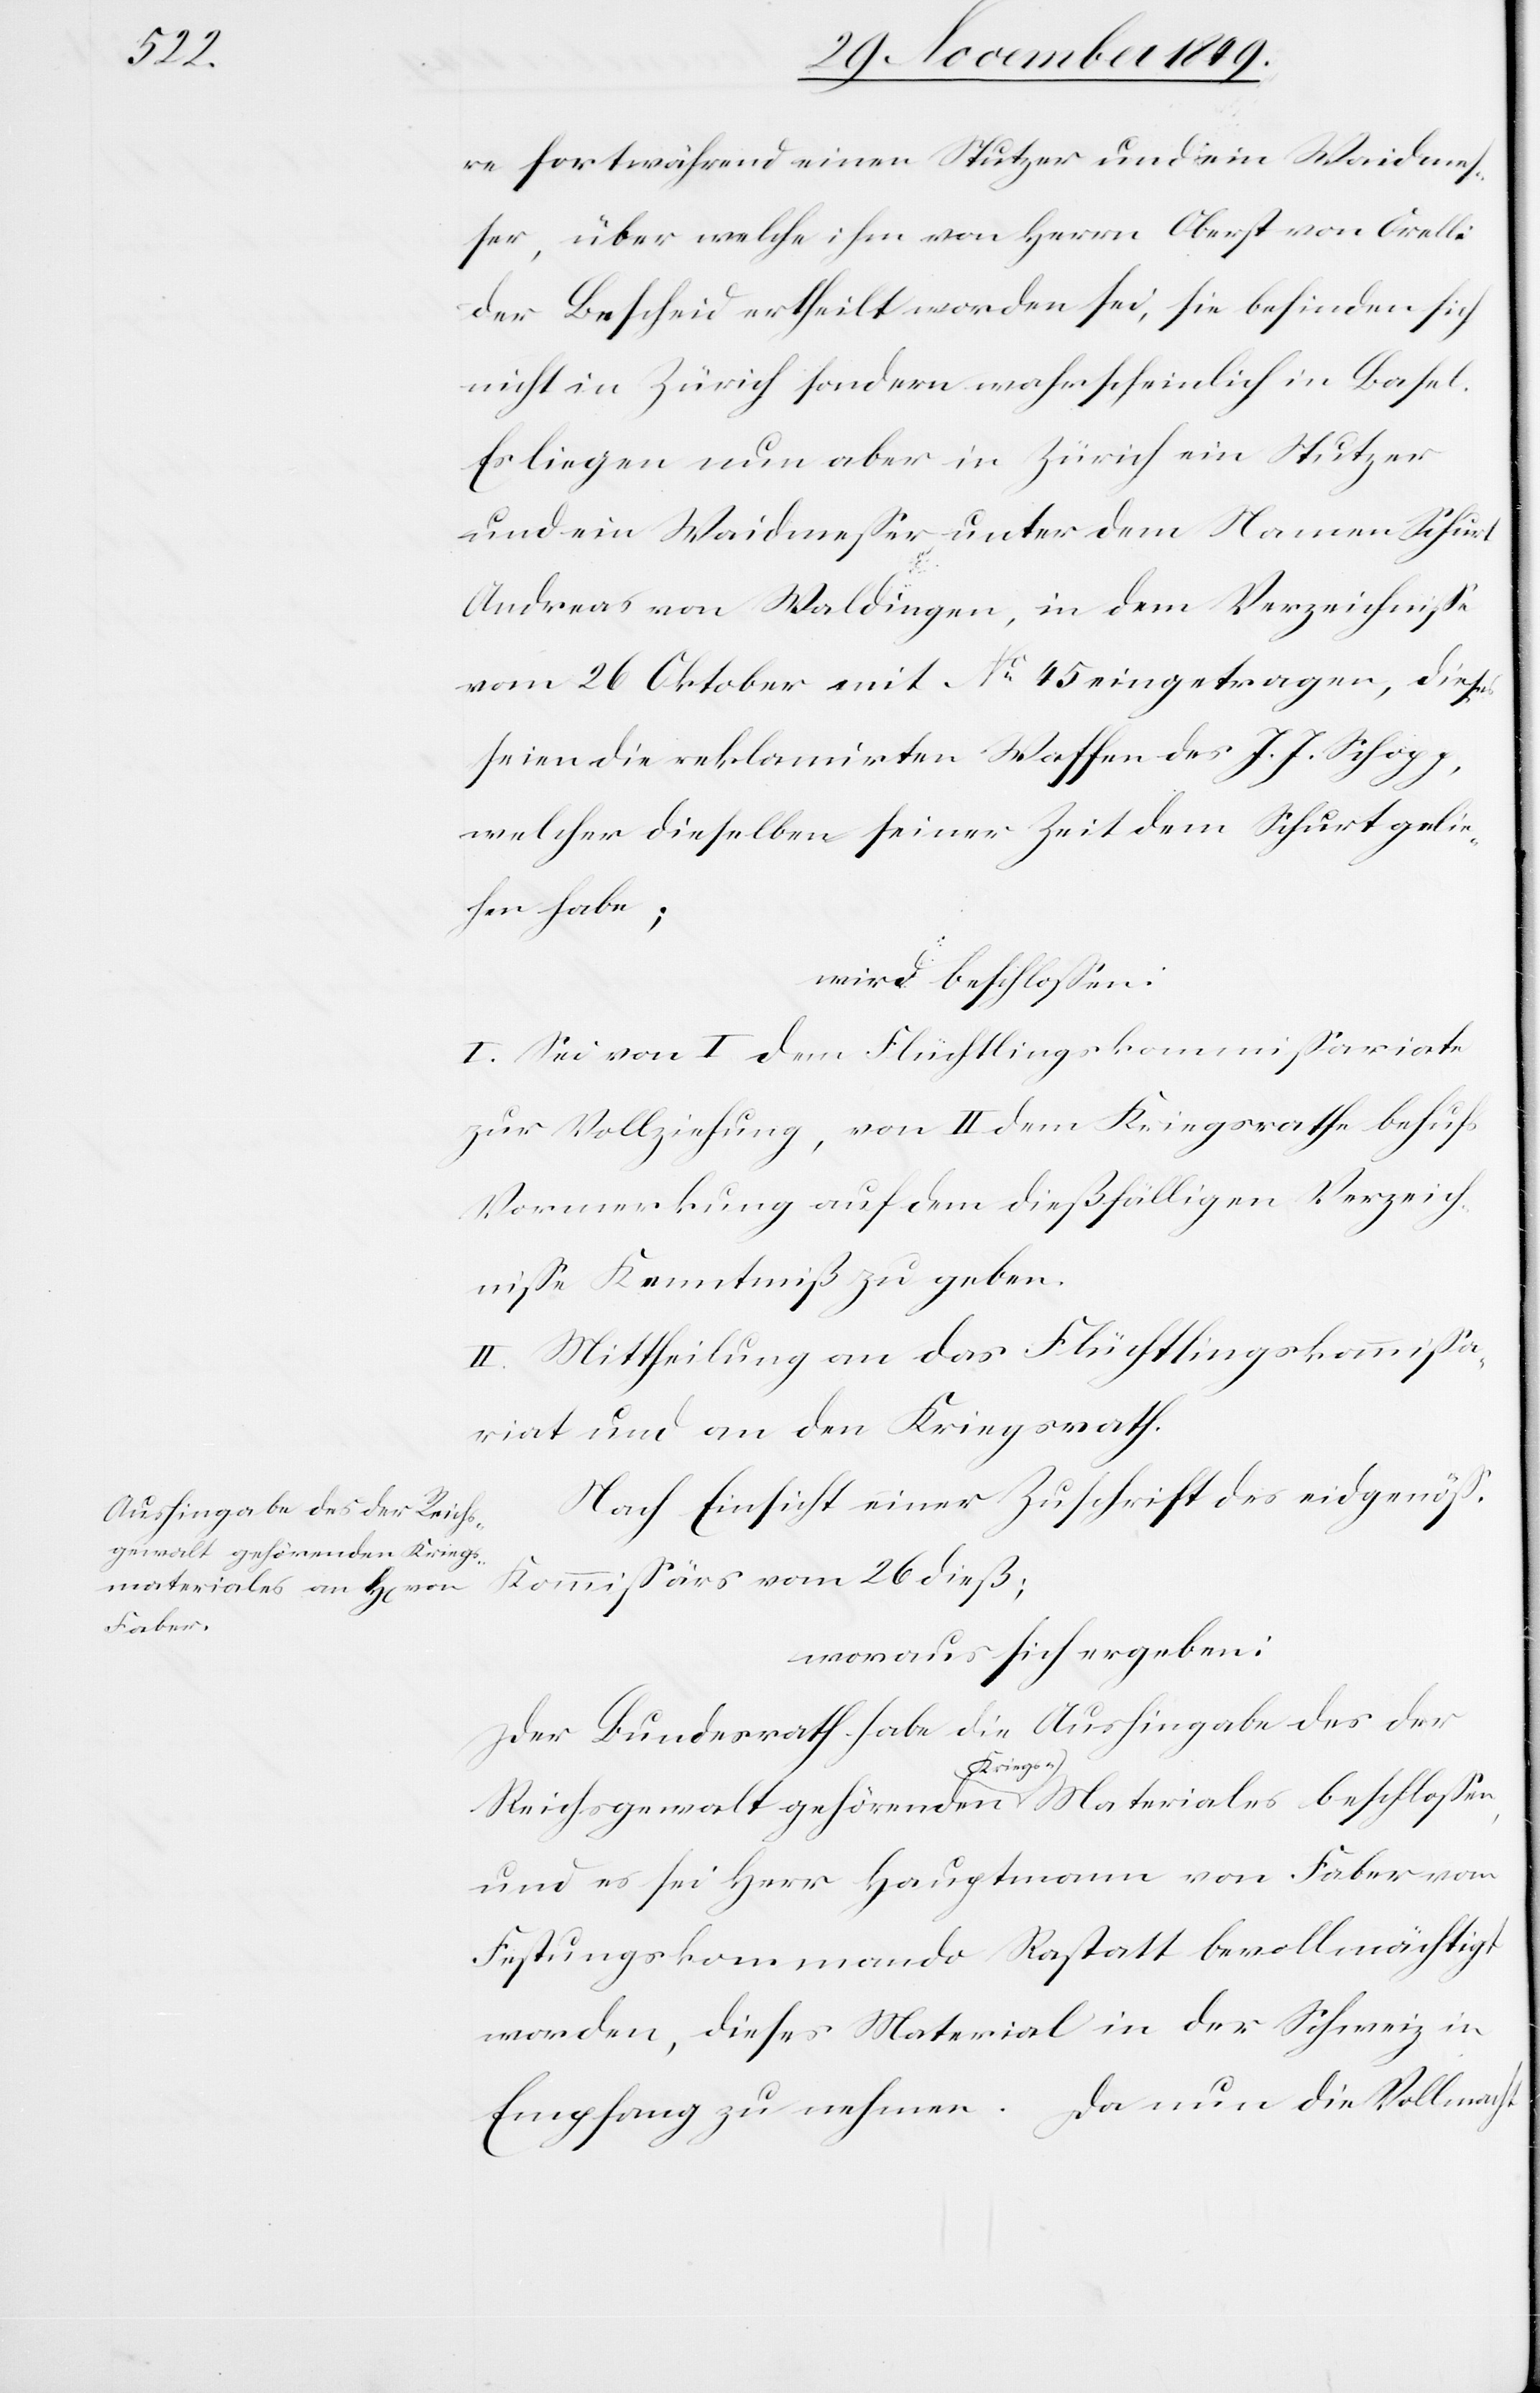
re fortwährend einen Stutzer und ein Waidmes¬
ser, über welche ihm von Herrn Oberst von Orelli
der Bescheid ertheilt worden sei, sie befinden sich
nicht in Zürich sondern wahrscheinlich in Basel.
Es liegen nun aber in Zürich ein Stutzer
und ein Waidmeßer unter dem Namen Schurt
Andreas von Waldingen, in dem Verzeichniße
vom 26 Oktober mit N° 45 eingetragen, dieses
seien die reklamirten Waffen des J. J. Schopp,
welcher dieselben seiner Zeit dem Schurt gelie¬
hen habe;
wird beschloßen:
I. Sei von I dem Flüchtlingskommißariate
zur Vollziehung, von II dem Kriegsrathe behufs
Vormerkung auf dem dießfälligen Verzeich¬
niße Kenntniß zu geben.
II. Mittheilung an das Flüchtlingskommißa¬
riat und an den Kriegsrath.
Nach Einsicht einer Zuschrift des eidgenößi¬
Kommißärs vom 26 dieß;
woraus sich ergeben:
Der Bundesrath habe die Aushingabe des der
schen
Reichsgewalt gehörenden Kriegs-Materiales beschloßen,
und es sei Herr Hauptmann von Faber vom
Festungskommando Rastatt bevollmächtigt
worden, dieses Material in der Schweiz in
Empfang zu nehmen. Da nun die Vollmacht